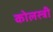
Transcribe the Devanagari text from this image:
कोलस्त्री